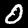
Digit: 0